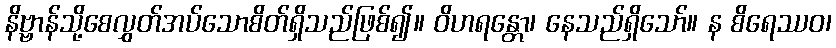
နိဗ္ဗာန်သို့စေလွှတ်အပ်သောစိတ်ရှိသည်ဖြစ်၍။ ဝိဟရန္တော၊ နေသည်ရှိသော်။ န စိရေဿဝ၊